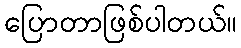
ပြောတာဖြစ်ပါတယ်။